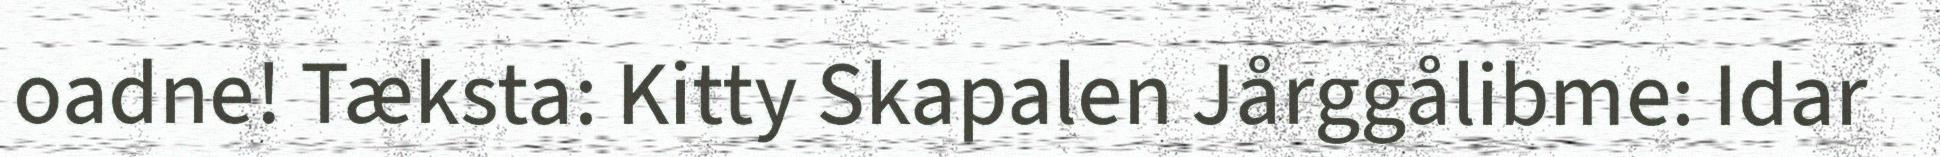
oadne! Tæksta: Kitty Skapalen Jårggålibme: Idar